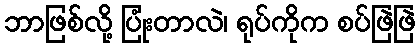
ဘာဖြစ်လို့ ပြုံးတာလဲ၊ ရုပ်ကိုက စပ်ဖြဲဖြဲ